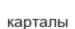
карталы